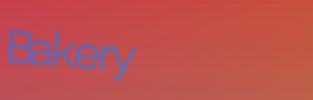
Bakery